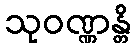
သုဝဏ္ဏန္တိ